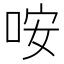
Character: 咹